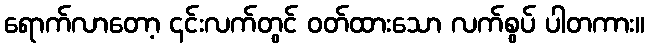
ရောက်လာတော့ ၎င်းလက်တွင် ဝတ်ထားသော လက်စွပ် ပါတကား။